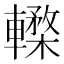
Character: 𨎸